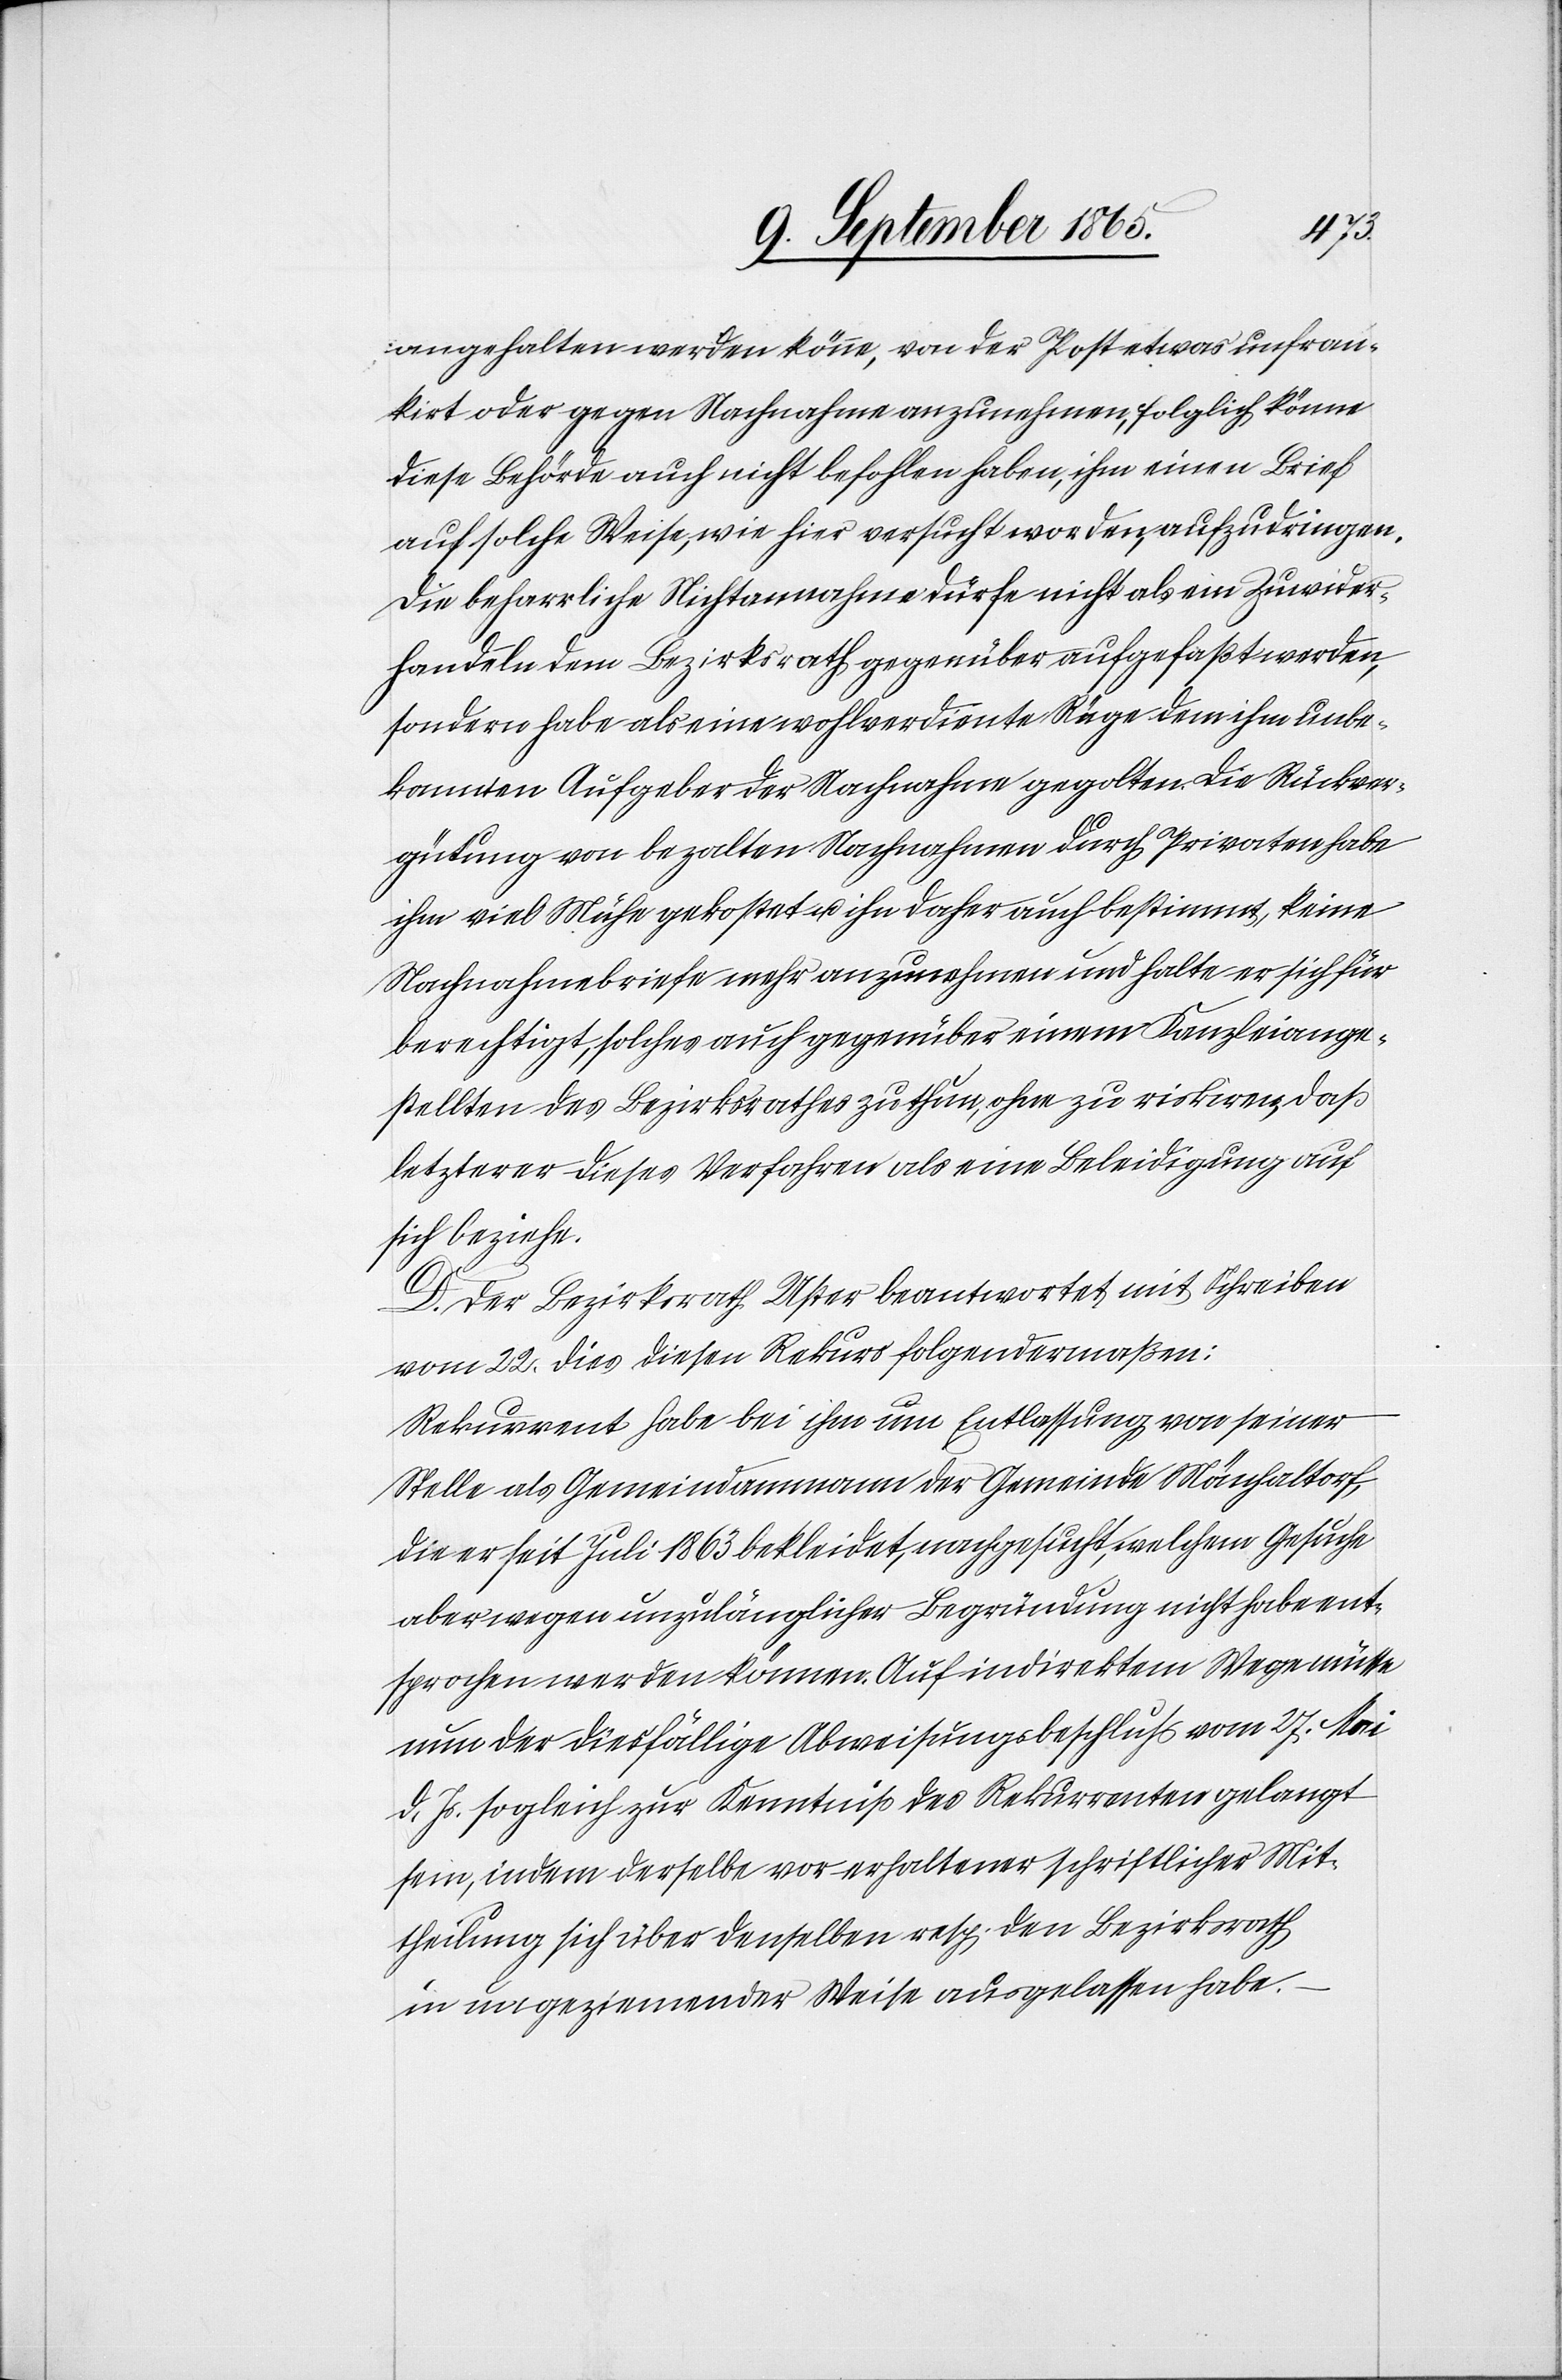
angehalten werden könne, von der Post etwas unfran¬
kirt oder gegen Nachnahme anzunehmen, folglich könne
diese Behörde auch nicht befohlen haben, ihm einen Brief
auf solche Weise, wie hier versucht worden, aufzudringen.
Die beharrliche Nichtannahme dürfe nicht als ein Zuwider¬
handeln dem Bezirksrath gegenüber aufgefaßt werden,
sondern habe als eine wohlverdiente Rüge dem ihm unbe¬
kannten Aufgeber der Nachnahme gegolten. Die Rückver¬
gütung von bezalten Nachnahmen durch Privaten habe
ihm viel Mühe gekostet u. ihn daher auch bestimmt, keine
Nachnahmebriefe mehr anzunehmen und halte er sich für
berechtigt, solches auch gegenüber einem Kanzleiange¬
stellten des Bezirksrathes zu thun, ohne zu riskiren, daß
letzterer dieses Verfahren als eine Beleidigung auf
sich beziehe.
D. Der Bezirksrath Uster beantwortet mit Schreiben
vom 22. dies diesen Rekurs folgendermaßen:
Rekurrent habe bei ihm um Entlassung von seiner
Stelle als Gemeindammann der Gemeinde Mönchaltorf,
die er seit Juli 1863 bekleidet, nachgesucht, welchem Gesuche
aber wegen unzulänglicher Begründung nicht habe ent¬
sprochen werden können. Auf indirektem Wege müsse
nun der diesfällige Abweisungsbeschluss vom 27. Mai
d. Js. sogleich zur Kenntniß des Rekurrenten gelangt
sein, indem derselbe vor erhaltener schriftlicher Mit¬
theilung sich über denselben resp. den Bezirksrath
in ungeziemender Weise ausgelassen habe.